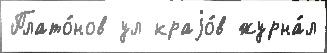
Плато́нов ул краjо́в журна́л